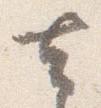
去